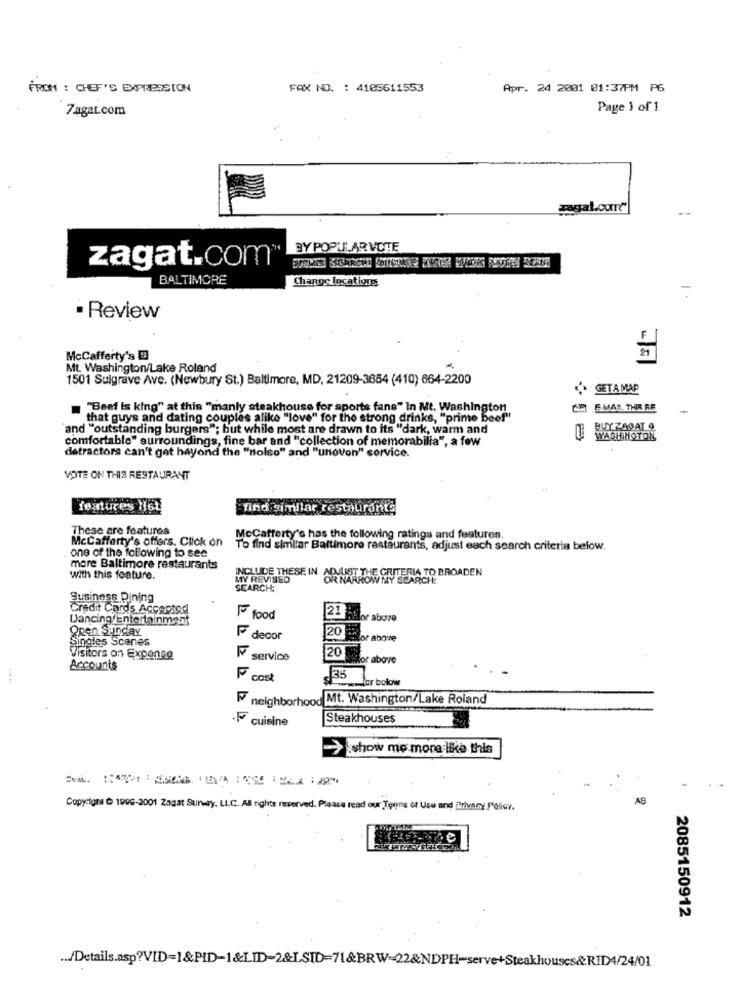
FROM : CHEF'S EXPRESSION
FAX NO. : 4105611553
Apr. 24 2001 01:37PM P6
7agat.com
Page 1 of 1
zagal.com""
BY POPULAR VOTE
zagat.com
BALTIMORE
Change locations
· Review
McCafferty's
Mt. Washington/Lake Roland
1501 Sulgrave Ave. (Newbury St.) Baltimore, MD, 21209-3654 (410) 664-2200
GETA MAP
"Beef Is king" at this "manly steakhouse for sports fans" In Mt. Washington
CE E-MAT THIE FF
-
that guys and dating couples alike "love" for the strong drinks, "prime beef"
and "outstanding burgers"; but while most are drawn to its "dark, warm and
BUYZAGAT
comfortable" surroundings, fine bar and "collection of memorabilia", a few
WASHINGTON
detractors can't get hayond the "nolso" and "unovon" sorvice.
VOTE ON THIS RESTAURANT
features Het
find simllar restaurants
These are features
McCafferty's offers. Click on
McCafferty's has the following ratings and features.
one of the following to see
To find similar Baltimore restaurants, adjust each search criteria below.
more Baltimore restaurants
with this feature.
INCLUDE THESE IN ADJUST THE CRITERIA TO BROADEN
MY REVISED
OR NARROW MY SEARCH:
SEARCH:
Susiness Pining
Credit Cards Accepted
Dancing Entertainment
F food
21 hotelor above
PRen Sunday
20
Singles Scenes
F decor
Cor above
F.
20
Visitors on Expense
service
20 sidor above
Accounts
cost
35
for bolow
neighborhood Mt. Washington/Lake Roland
.F cuisine
Steakhouses
show me more like this
AB
Copyrigne @ 1996-2001 Zagat Survey, LLC. All rights reserved. Please read our Terms of Use and Privacy Policy.
2085150912
... Details.asp?VID=1&PID-1&LID-2&LSID=71&BRW=22&NDPH-serve+Steakhouses&RID4/24/01